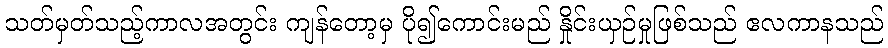
သတ်မှတ်သည့်ကာလအတွင်း ကျန်တော့မှ ပို၍ကောင်းမည် နှိုင်းယှဉ်မှုဖြစ်သည် ဧလကာနသည်